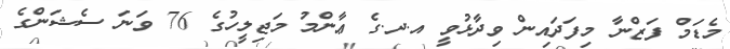
މެޑަމް ފަޒްނާ މިފަދައިން ވިދާޅުވީ އ.ދ.ގެ ޢާންމު މަޖިލީހުގެ 76 ވަނަ ސެޝަންގެ